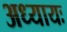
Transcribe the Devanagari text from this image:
अध्यायः